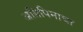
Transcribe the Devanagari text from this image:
अग्रिपिनाचा